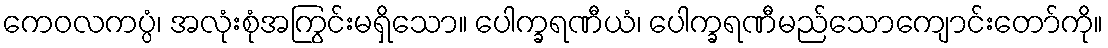
ကေဝလကပ္ပံ၊ အလုံးစုံအကြွင်းမရှိသော။ ပေါက္ခရဏီယံ၊ ပေါက္ခရဏီမည်သောကျောင်းတော်ကို။